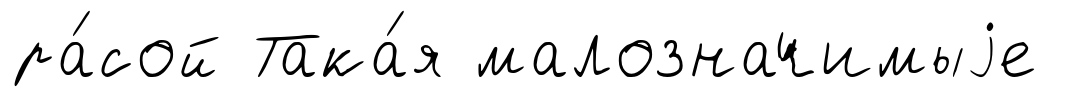
ра́сой Така́я малозначимыjе